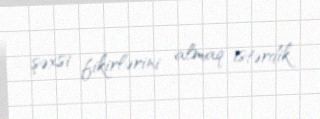
şəxsi fikirlərini almaq istərdik.